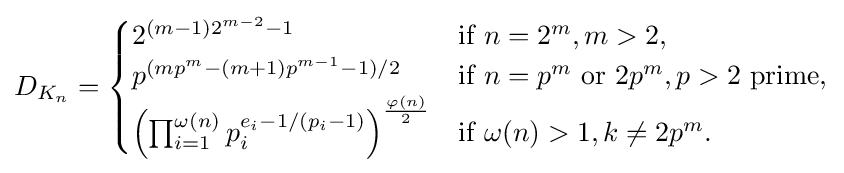
D_{K_{n}}={\begin{cases}2^{(m-1)2^{m-2}-1}&{\text{if}}\ n=2^{m},m>2,\\p^{(mp^{m}-(m+1)p^{m-1}-1)/2}&{\text{if}}\ n=p^{m}\ {\text{or}}\ 2p^{m},p>2\ {\text{prime}},\\\left(\prod _{i=1}^{\omega (n)}p_{i}^{e_{i}-1/(p_{i}-1)}\right)^{\frac {\varphi (n)}{2}}&{\text{if}}\ \omega (n)>1,k\neq 2p^{m}.\end{cases}}